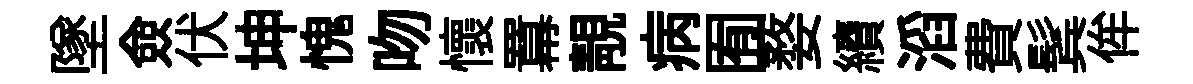
墜僉伏坤愧吻懷羃靚病囿婺續滔費鬂侔